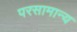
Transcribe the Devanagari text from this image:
परसामान्य